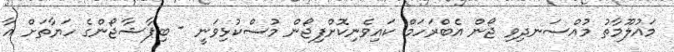
މައުލޫމާތު މުއްސަނދިވި ޖޯން އެބްރަހަމް ކައިވެނިކޮށްފިޖޯން މުސްކުޅިވަނީ - ބިޕާޝާޖޯންގެ ހަޔާތަށް އާ